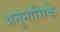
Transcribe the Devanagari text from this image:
अनुनासिके